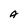
Character: A